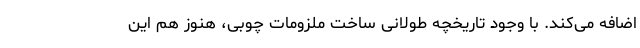
اضافه می‌کند. با وجود تاریخچه طولانی ساخت ملزومات چوبی، هنوز هم این